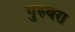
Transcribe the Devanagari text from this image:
गुरुवरा